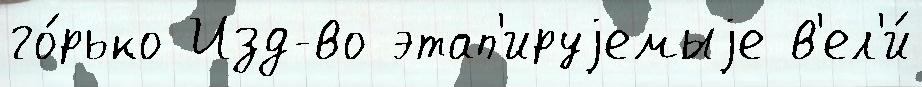
го́рько Изд-во этап'ируjемыjе в'ел'и́